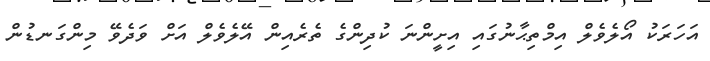
އަހަރަކު އޯލެވެލް އިމްތިޙާނުގައި އިށީންނަ ކުދިންގެ ތެރެއިން އޭލެވެލް އަށް ވަދެވޭ މިންގަނޑުން